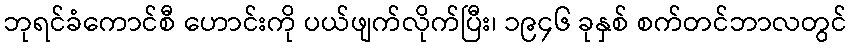
ဘုရင်ခံကောင်စီ ဟောင်းကို ပယ်ဖျက်လိုက်ပြီး၊ ၁၉၄၆ ခုနှစ် စက်တင်ဘာလတွင်